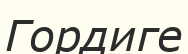
Гордиге